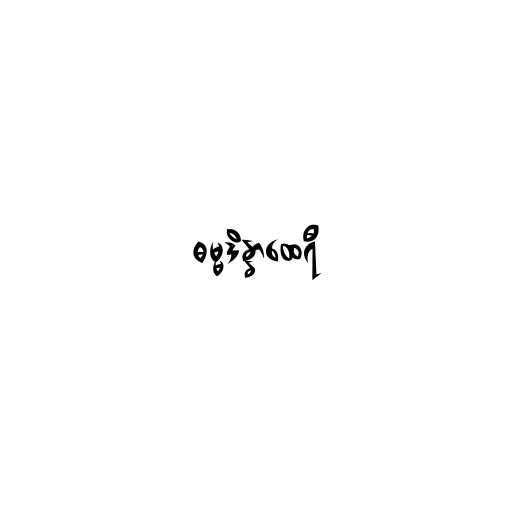
ဓမ္မဒိန္နာထေရီ